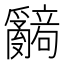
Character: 𬋹